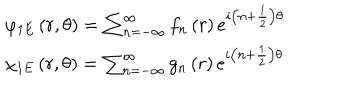
LaTeX: \begin{array} { l } { { \varphi _ { 1 E } \left( r , \theta \right) = \sum _ { n = - \infty } ^ { \infty } f _ { n } \left( r \right) e ^ { i \left( n + \frac { 1 } { 2 } \right) \theta } } } \\ { { \chi _ { 1 E } \left( r , \theta \right) = \sum _ { n = - \infty } ^ { \infty } g _ { n } \left( r \right) e ^ { i \left( n + \frac { 1 } { 2 } \right) \theta } } } \\ \end{array}